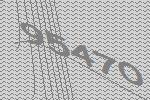
95470